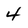
Character: 4